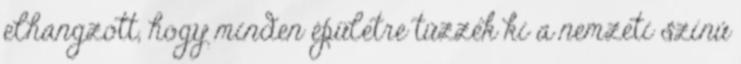
elhangzott, hogy minden épületre tűzzék ki a nemzeti színű